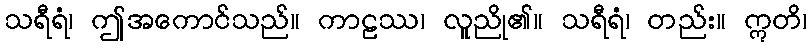
သရီရံ၊ ဤအကောင်သည်။ ကာဠဿ၊ လူညို၏။ သရီရံ၊ တည်း။ ဣတိ၊